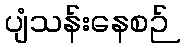
ပျံသန်းနေစဉ်